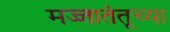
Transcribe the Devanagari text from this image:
मज्जातंतूच्या